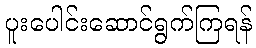
ပူးပေါင်းဆောင်ရွက်ကြရန်